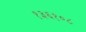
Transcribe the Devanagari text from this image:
१३६१०८